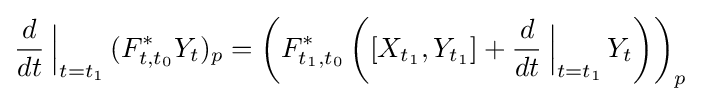
{\frac {d}{dt}}\left.{\!\!{\frac {}{}}}\right|_{t=t_{1}}(F_{t,t_{0}}^{*}Y_{t})_{p}=\left(F_{t_{1},t_{0}}^{*}\left([X_{t_{1}},Y_{t_{1}}]+{\frac {d}{dt}}\left.{\!\!{\frac {}{}}}\right|_{t=t_{1}}Y_{t}\right)\right)_{p}